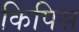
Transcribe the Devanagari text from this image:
किपिस